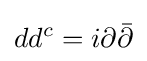
dd^{c}=i\partial {\bar {\partial }}